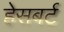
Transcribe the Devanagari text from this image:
हेसबर्ट